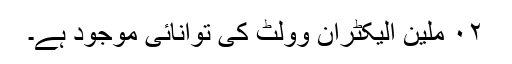
٠٢ ملین الیکٹران وولٹ کی توانائی موجود ہے۔